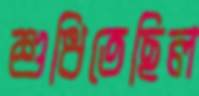
শুধিতেছিল